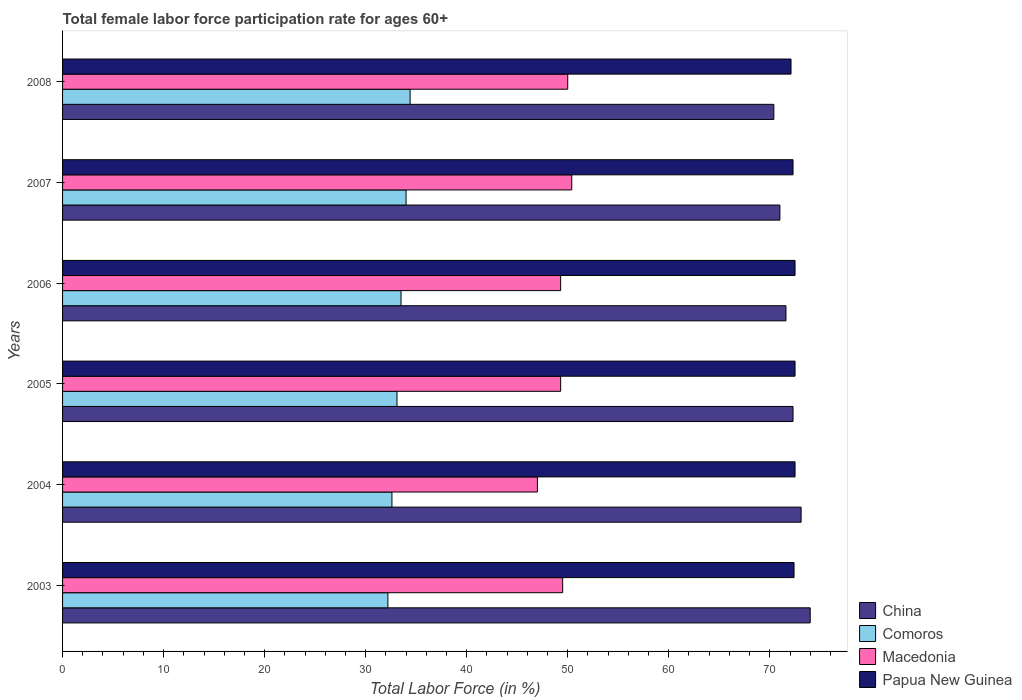
| Years | China | Comoros | Macedonia | Papua New Guinea |
 | --- | --- | --- | --- | --- |
 | 2003 | 74 | 32.2 | 49.5 | 72.4 |
 | 2004 | 73.1 | 32.6 | 47 | 72.5 |
 | 2005 | 72.3 | 33.1 | 49.3 | 72.5 |
 | 2006 | 71.6 | 33.5 | 49.3 | 72.5 |
 | 2007 | 71 | 34 | 50.4 | 72.3 |
 | 2008 | 70.4 | 34.4 | 50 | 72.1 |